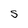
Character: S